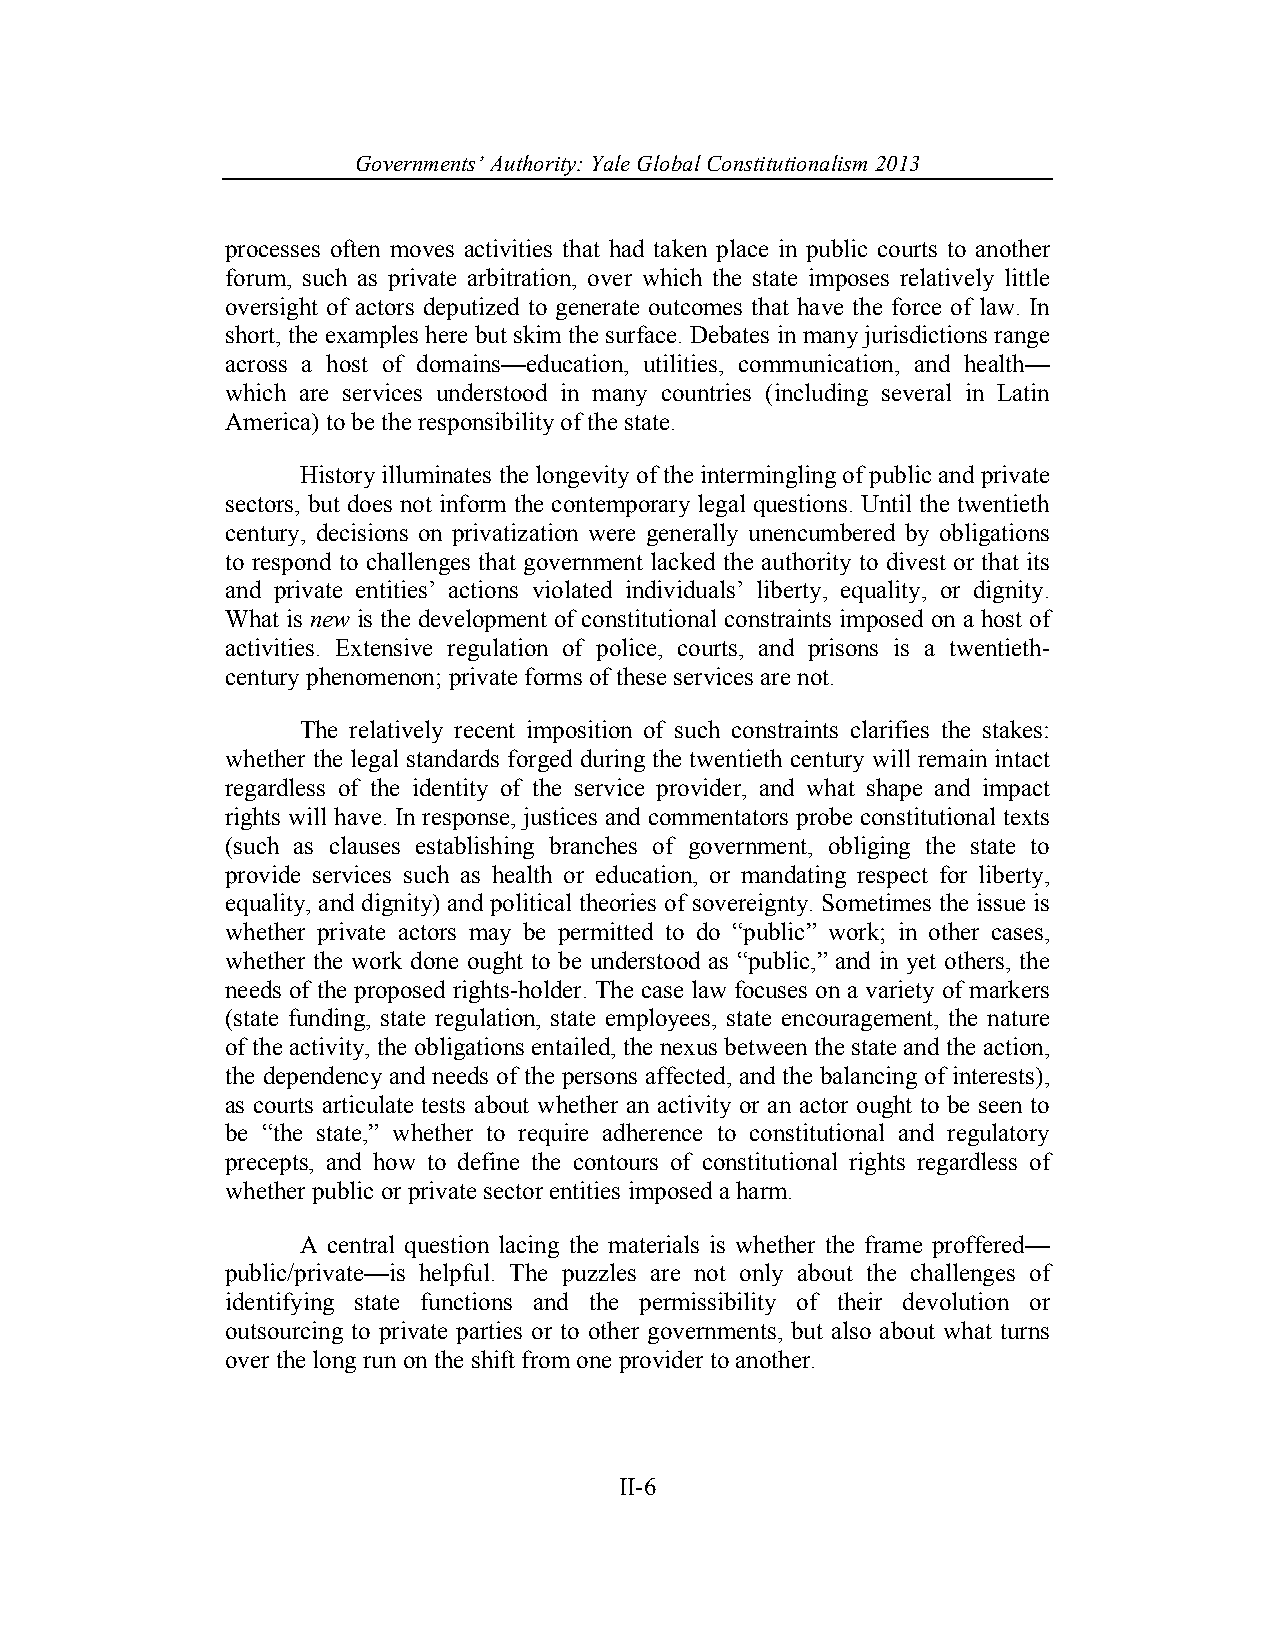
Governments’ Authority: Yale Global Constitutionalism 2013
 processes often moves activities that had taken place in public courts to another
 forum, such as private arbitration, over which the state imposes relatively little
 oversight of actors deputized to generate outcomes that have the force of law. In
 short, the examples here but skim the surface. Debates in many jurisdictions range
 across a host of domains—education, utilities, communication, and health—
 which are services understood in many countries (including several in Latin
 America) to be the responsibility of the state.
 History illuminates the longevity of the intermingling of public and private
 sectors, but does not inform the contemporary legal questions. Until the twentieth
 century, decisions on privatization were generally unencumbered by obligations
 to respond to challenges that government lacked the authority to divest or that its
 and private entities’ actions violated individuals’ liberty, equality, or dignity.
 What is new is the development of constitutional constraints imposed on a host of
 activities. Extensive regulation of police, courts, and prisons is a twentieth-
 century phenomenon; private forms of these services are not.
 The relatively recent imposition of such constraints clarifies the stakes:
 whether the legal standards forged during the twentieth century will remain intact
 regardless of the identity of the service provider, and what shape and impact
 rights will have. In response, justices and commentators probe constitutional texts
 (such as clauses establishing branches of government, obliging the state to
 provide services such as health or education, or mandating respect for liberty,
 equality, and dignity) and political theories of sovereignty. Sometimes the issue is
 whether private actors may be permitted to do “public” work; in other cases,
 whether the work done ought to be understood as “public,” and in yet others, the
 needs of the proposed rights-holder. The case law focuses on a variety of markers
 (state funding, state regulation, state employees, state encouragement, the nature
 of the activity, the obligations entailed, the nexus between the state and the action,
 the dependency and needs of the persons affected, and the balancing of interests),
 as courts articulate tests about whether an activity or an actor ought to be seen to
 be “the state,” whether to require adherence to constitutional and regulatory
 precepts, and how to define the contours of constitutional rights regardless of
 whether public or private sector entities imposed a harm.
 A central question lacing the materials is whether the frame proffered—
 public/private—is helpful. The puzzles are not only about the challenges of
 identifying state functions and the permissibility of their devolution or
 outsourcing to private parties or to other governments, but also about what turns
 over the long run on the shift from one provider to another.
 II-6